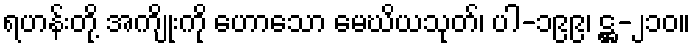
ရဟန်းတို့ အကျိုးကို ဟောသော မေဃိယသုတ်၊ ပါ-၁၉၉၊ ဋ္ဌ-၂၁၀။